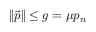
\| { \vec { p } } \| \leq g = \mu p _ { n } \,